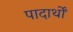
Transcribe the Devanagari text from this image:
पादार्थों